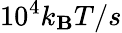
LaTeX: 10^{4}k_{\mathbf{B}}T/s